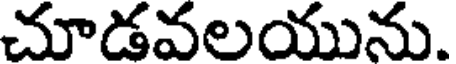
చూడవలయును.